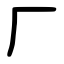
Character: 厂